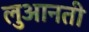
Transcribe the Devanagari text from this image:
लुआनती